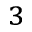
_ 3